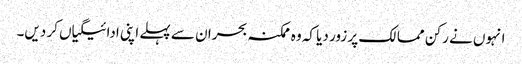
انہوں نے رکن ممالک پر زور دیا کہ وہ ممکنہ بحران سے پہلے اپنی ادائیگیاں کر دیں۔